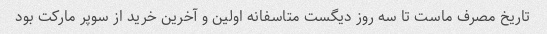
تاریخ مصرف ماست تا سه روز دیگست متاسفانه اولین و آخرین خرید از سوپر مارکت بود